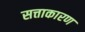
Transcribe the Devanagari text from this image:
सत्ताकारण